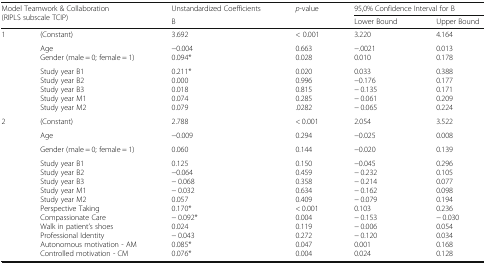
<table><thead><tr><td colspan="2" rowspan="2"><b>Model Teamwork &amp; Collaboration(RIPLS subscale TCIP)</b></td><td><b>Unstandardized Coefficients</b></td><td rowspan="2"><b><i>p</i>-value</b></td><td colspan="2"><b>95,0% Confidence Interval for B</b></td></tr><tr><td><b>B</b></td><td><b>Lower Bound</b></td><td><b>Upper Bound</b></td></tr></thead><tbody><tr><td rowspan="3">1</td><td>(Constant)</td><td>3.692</td><td>&lt; 0.001</td><td>3.220</td><td>4.164</td></tr><tr><td>AgeGender (male = 0; female = 1)</td><td>−0.0040.094*</td><td>0.6630.028</td><td>−.00210.010</td><td>0.0130.178</td></tr><tr><td>Study year B1Study year B2Study year B3Study year M1Study year M2</td><td>0.211*0.0000.0180.0740.079</td><td>0.0200.9960.8150.285.0282</td><td>0.033−0.176− 0.135− 0.061− 0.065</td><td>0.3880.1770.1710.2090.224</td></tr><tr><td rowspan="4">2</td><td>(Constant)</td><td>2.788</td><td>&lt; 0.001</td><td>2.054</td><td>3.522</td></tr><tr><td>Age</td><td>−0.009</td><td>0.294</td><td>−0.025</td><td>0.008</td></tr><tr><td>Gender (male = 0; female = 1)</td><td>0.060</td><td>0.144</td><td>−0.020</td><td>0.139</td></tr><tr><td>Study year B1Study year B2Study year B3Study year M1Study year M2Perspective TakingCompassionate CareWalk in patient’s shoesProfessional IdentityAutonomous motivation - AMControlled motivation - CM</td><td>0.125−0.064− 0.068− 0.0320.0570.170*− 0.092*0.024− 0.0430.085*0.076*</td><td>0.1500.4590.3580.6340.409&lt; 0.0010.0040.1190.2720.0470.004</td><td>−0.045− 0.232− 0.214− 0.162− 0.0790.103− 0.153− 0.006− 0.1200.0010.024</td><td>0.2960.1050.0770.0980.1940.236− 0.0300.0540.0340.1680.128</td></tr></tbody></table>